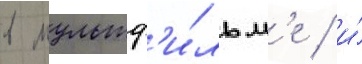
в мультф'и́льм'е / и́